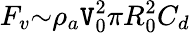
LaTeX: F_{v}{\sim}{\rho}_{a}\mathtt{V}_{0}^{2}{\pi}R_{0}^{2}C_{d}